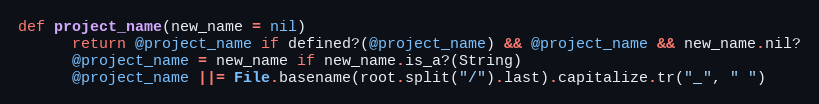
Language: Ruby
def project_name(new_name = nil)
      return @project_name if defined?(@project_name) && @project_name && new_name.nil?
      @project_name = new_name if new_name.is_a?(String)
      @project_name ||= File.basename(root.split("/").last).capitalize.tr("_", " ")